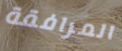
المرافقة